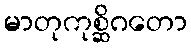
မာတုကုစ္ဆိဂတော